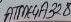
Text: ATME4A328